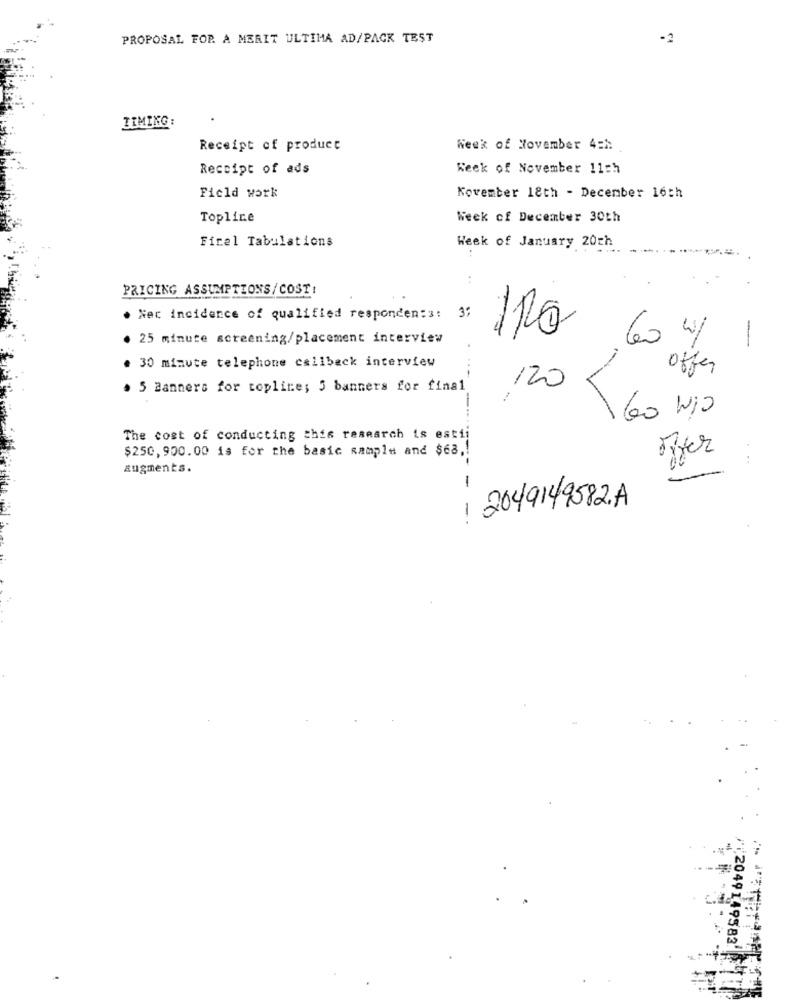
PROPOSAL FOR A MERIT ULTIMA AD/PACK TEST
TIMING :
Receipt of product
Week of November 4 :*:
Receipt of ads
Week of November 11ch
Field work
Kovemter 18th - December 16th
Topline
Week of December 30th
Firel Tabulations
Week of January 20ch
PRICING ASSUMPTIONS/ COST!
. Nec incidence of qualified responden:s:
. 25 minute screening/placement interview
IRO 60 4/ 1
. 30 minute telephone callback interview
offer
. 5 Banners for topline; 5 banners for final
120
-
60 Wio
The cost of conducting this research is estii
$250, 900.00 is for the basic sample and $68 ,!
offer
augments.
: 2049149582.A
/2049149582